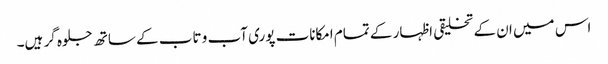
اس میں ان کے تخلیقی اظہار کے تمام امکانات پوری آب و تاب کے ساتھ جلوہ گر ہیں۔